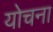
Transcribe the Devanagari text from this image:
योचना